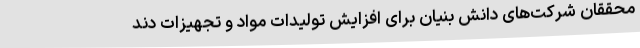
محققان شرکت‌های دانش بنیان برای افزایش تولیدات مواد و تجهیزات دند